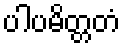
ပါပမိတ္တတံ